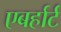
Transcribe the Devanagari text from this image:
एबर्हार्ट